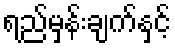
ရည်မှန်းချက်နှင့်